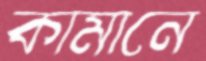
কামানে